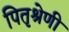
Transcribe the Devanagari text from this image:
पितृश्रेणी